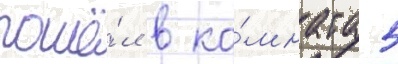
пошё́л в ко́мнату 5